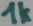
Text: 1k